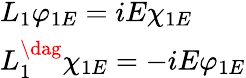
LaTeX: \begin{array}{l}{{L_{1}\varphi_{1E}=iE\chi_{1E}}}\\ {{L_{1}^{\dag}\chi_{1E}=-iE\varphi_{1E}}}\end{array}